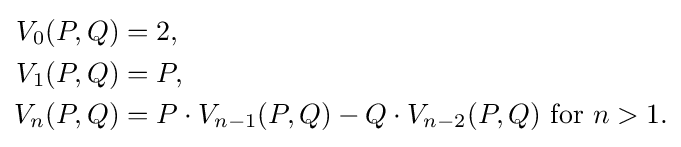
{\begin{aligned}V_{0}(P,Q)&=2,\\V_{1}(P,Q)&=P,\\V_{n}(P,Q)&=P\cdot V_{n-1}(P,Q)-Q\cdot V_{n-2}(P,Q){\mbox{  for }}n>1.\end{aligned}}